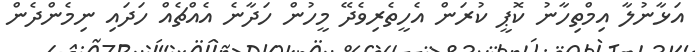
އަޅާނުލާ އިމްތިހާނު ކޮޕީ ކުރަން އެހީތެރިވެދޭ މީހުން ހަދާނެ އެއްޗެއް ހަދައި ނިމެންދެން